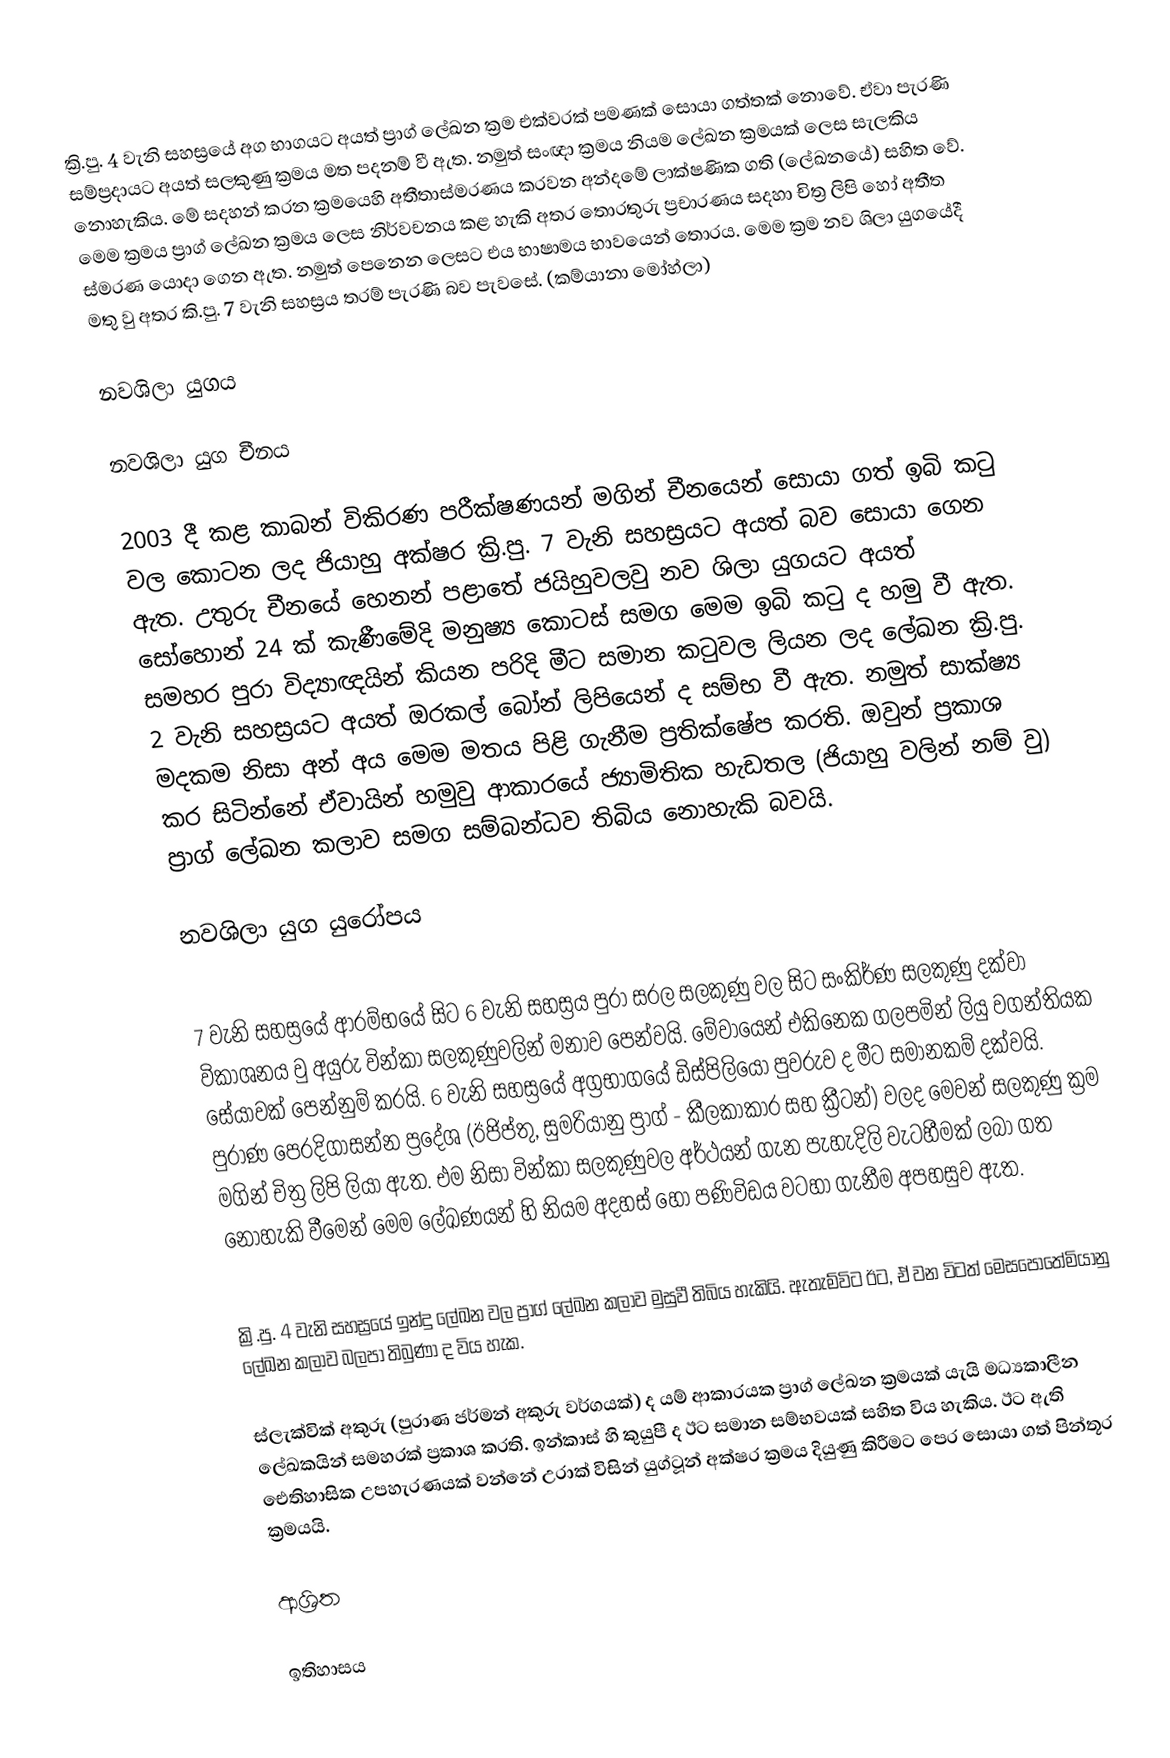
ක්‍රි.පු. 4 වැනි සහස්‍රයේ අග භාගයට අයත් ප්‍රාග් ලේඛන ක්‍රම එක්වරක් පමණක් සොයා ගත්තක් නොවේ. ඒවා පැරණි සම්ප්‍රදායට අයත් සලකුණු ක්‍රමය මත පදනම් වී ඇත. නමුත් සංඥා ක්‍රමය නියම ලේඛන ක්‍රමයක් ලෙස සැලකිය නොහැකිය. මේ සදහන් කරන ක්‍රමයෙහි අතීතාස්මරණය කරවන අන්දමේ ලාක්ෂණික ගති (ලේඛනයේ) සහිත වේ. මෙම ක්‍රමය ප්‍රාග් ලේඛන ක්‍රමය ලෙස නිර්වචනය කළ හැකි අතර තොරතුරු ප්‍රචාරණය සදහා චිත්‍ර ලිපි හෝ අතීත ස්මරණ යොදා ගෙන ඇත. නමුත් පෙනෙන ලෙසට එය භාෂාමය භාවයෙන් තොරය. මෙම ක්‍රම නව ශිලා යුගයේදී මතු වු අතර කි.පු. 7 වැනි සහස්‍රය තරම් පැරණි බව පැවසේ. (කම්යානා මෝහ්ලා)

නවශිලා යුගය

නවශිලා යුග චීනය

2003 දී කළ කාබන් විකිරණ පරීක්ෂණයන් මගින් චීනයෙන් සොයා ගත් ඉබි කටු වල කොටන ලද ජියාහු අක්ෂර ක්‍රි.පු. 7 වැනි සහස්‍රයට අයත් බව සොයා ගෙන ඇත. උතුරු චීනයේ හෙනන් පළාතේ ජයිහුවලවු නව ශිලා යුගයට අයත් සෝහොන් 24 ක් කැණීමේදි මනුෂ්‍ය කොටස් සමග මෙම ඉබි කටු ද හමු වී ඇත. සමහර පුරා විද්‍යාඥයින් කියන පරිදි මීට සමාන කටුවල ලියන ලද ලේඛන ක්‍රි.පු. 2 වැනි සහස්‍රයට අයත් ඔරකල් බෝන් ලිපියෙන් ද සම්භ වී ඇත. නමුත් සාක්ෂ්‍ය මදකම නිසා අන් අය මෙම මතය පිළි ගැනීම ප්‍රතික්ෂේප කරති. ඔවුන් ප්‍රකාශ කර සිටින්නේ ඒවායින් හමුවු ආකාරයේ ජ්‍යාමිතික හැඩතල (ජියාහු වලින් නම් වු) ප්‍රාග් ලේඛන කලාව සමග සම්බන්ධව තිබිය නොහැකි බවයි.

නවශිලා යුග යුරෝපය

7 වැනි සහස්‍රයේ ආරම්භයේ සිට 6 වැනි සහස්‍රය පුරා සරල සලකුණු වල සිට සංකිර්ණ සලකුණු දක්වා විකාශනය වු අයුරු වින්කා සලකුණුවලින් මනාව පෙන්වයි. මේවායෙන් එකිනෙක ගලපමින් ලියු වගන්තියක සේයාවක් පෙන්නුම් කරයි. 6 වැනි සහස්‍රයේ අග්‍රභාගයේ ඩිස්පිලියෝ පුවරුව ද මීට සමානකම් දක්වයි. පුරාණ පෙරදිගාසන්න ප්‍රදේශ (ඊජිප්තු, සුමරියානු ප්‍රාග් - කීලකාකාර සහ ක්‍රීටන්) වලද මෙවන් සලකුණු ක්‍රම මගින් චිත්‍ර ලිපි ලියා ඇත. එම නිසා වින්කා සලකුණුවල අර්ථයන් ගැන පැහැදිලි වැටහීමක් ලබා ගත නොහැකි වීමෙන් මෙම ලේඛණයන් හි නියම අදහස් හෝ පණිවිඩය වටහා ගැනීම අපහසුව ඇත.

ක්‍රි.පු. 4 වැනි සහස්‍රයේ ඉන්දු ලේඛන වල ප්‍රාග් ලේඛන කලාව මුසුවී තිබිය හැකියි. ඇතැම්විට ඊට, ඒ වන විටත් මෙසපොතේමියානු ලේඛන කලාව බලපා තිබුණා ද විය හැක.

ස්ලැක්වික් අකුරු (පුරාණ ජර්මන් අකුරු වර්ගයක්) ද යම් ආකාරයක ප්‍රාග් ලේඛන ක්‍රමයක් යැයි මධ්‍යකාලීන ලේඛකයින් සමහරක් ප්‍රකාශ කරති. ඉන්කාස් හි කුයුපී ද ඊට සමාන සම්භවයක් සහිත විය හැකිය. ඊට ඇති ඓතිහාසික උපහැරණයක් වන්නේ උරාක් විසින් යුග්ටූන් අක්ෂර ක්‍රමය දියුණු කිරීමට පෙර සොයා ගත් පින්තූර ක්‍රමයයි.

ආශ්‍රිත

ඉතිහාසය